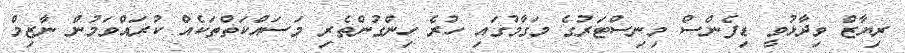
ރިޔާޒް ވިދާޅުވީ ޑިފެންސް މިނިސްޓަރުގެ މަގާމުގައި ހުރެ ހިންގުންތެރި މަސައްކަތްތަކެއް ކުރައްވަމުން ނާޒިމް